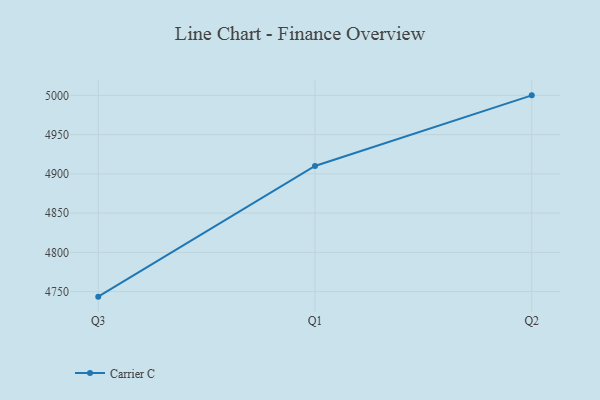
{"axis": {"x": "Quarter", "y": "Latency (ms)"}, "legend": ["Carrier C"], "data": [{"x": "Q3", "y": 4743.6, "type": "Carrier C"}, {"x": "Q1", "y": 4910.0, "type": "Carrier C"}, {"x": "Q2", "y": 5000, "type": "Carrier C"}]}